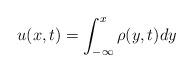
LaTeX: \begin{align*}u(x,t)=\int_{-\infty}^{x}\rho(y,t)dy\end{align*}